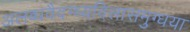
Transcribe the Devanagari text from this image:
अलब्धवैदग्ध्यविलासमुग्धया